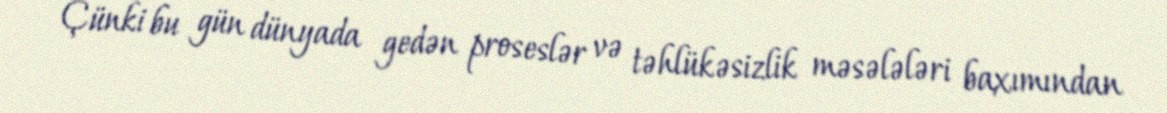
Çünki bu gün dünyada gedən proseslər və təhlükəsizlik məsələləri baxımından